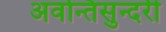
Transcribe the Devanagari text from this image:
अवन्तिसुन्दरी